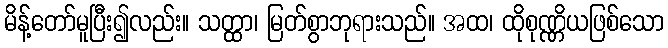
မိန့်တော်မူပြီး၍လည်း။ သတ္ထာ၊ မြတ်စွာဘုရားသည်။ အထ၊ ထိုစုဏ္ဏိယဖြစ်သော